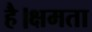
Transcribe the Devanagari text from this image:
है।क्षमता